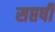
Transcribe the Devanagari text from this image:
सप्तर्षीं